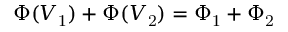
\Phi ( V _ { \mathrm { 1 } } ) + \Phi ( V _ { \mathrm { 2 } } ) = \Phi _ { \mathrm { 1 } } + \Phi _ { \mathrm { 2 } }